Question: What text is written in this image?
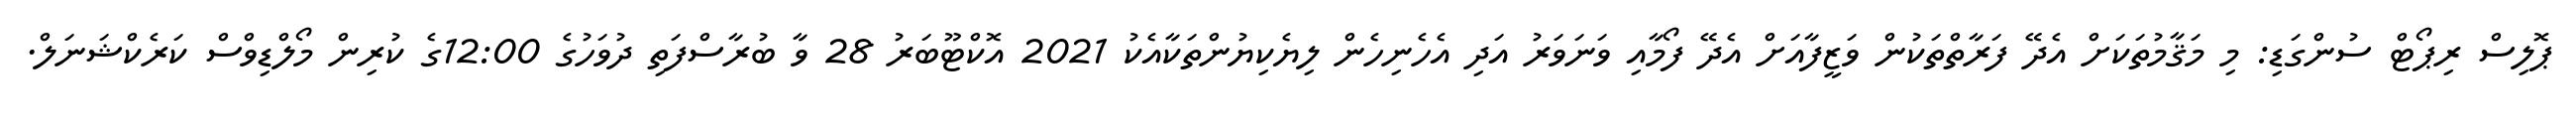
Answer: ޕޮލިސް ރިޕޯޓް ސުންގަޑި: މި މަޤާމުތަކަށް އެދޭ ފަރާތްތަކުން ވަޒީފާއަށް އެދޭ ފޯމާއި ވަނަވަރު އަދި އެހެނިހެން ލިޔެކިޔުންތަކާއެކު 2021 އޮކްޓޫބަރު 28 ވާ ބުރާސްފަތި ދުވަހުގެ 12:00ގެ ކުރިން މޯލްޑިވްސް ކަރެކްޝަނަލް.